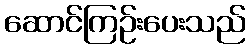
ဆောင်ကြဉ်းပေးသည်